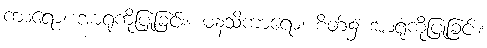
ကာရော၊ အာရုံကိုပြုခြင်း။ မနသိကာရော၊ စိတ်၌ အာရုံကိုပြုခြင်း။